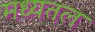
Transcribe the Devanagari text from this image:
मध्यतल